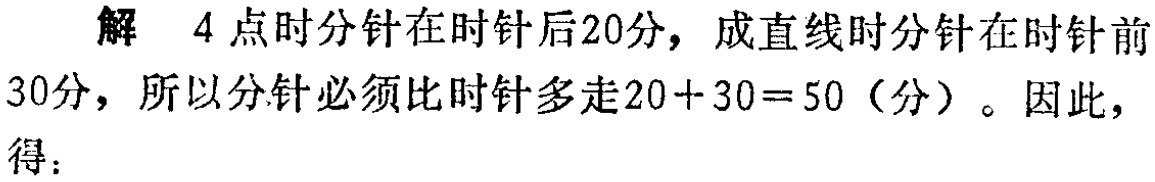
解 4 点时分针在时针后20分，成直线时分针在时针前
30分，所以分针必须比时针多走\(20 + 30 = 50\)（分）。因此，
得：